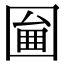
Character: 𡈇